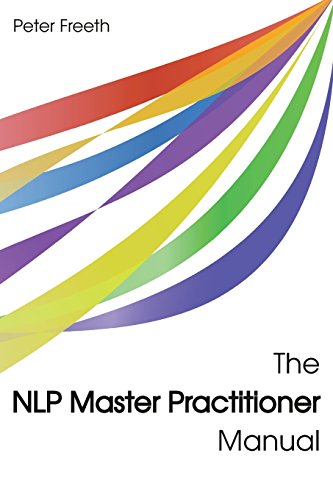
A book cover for The NLP Master Practitioner Manual; Peter Freeth; Self-Help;